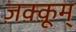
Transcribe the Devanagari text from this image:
ज़क़्क़ूम्